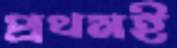
প্রথমই